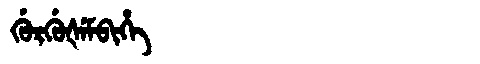
Manchu: ᡤᡠᡵᡤᡠᡧᡝᠮᠪᡳᡥᡝ
Romanization: GURGUŠEMBIHE